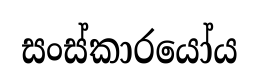
සංස්කාරයෝය